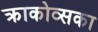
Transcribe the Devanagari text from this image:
क्राकोव्सका